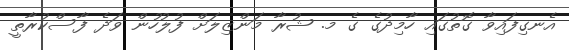
އެނގިފައިވާ ގޮތުގައި ހާމިދުގެ ގެ މ. ޝުރާ މަންޒިލަށް ފުލުހުން ވަދެ ފާސްކުރާތީ